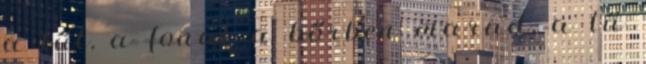
a tűt, a fonal a bőrben marad, a tű